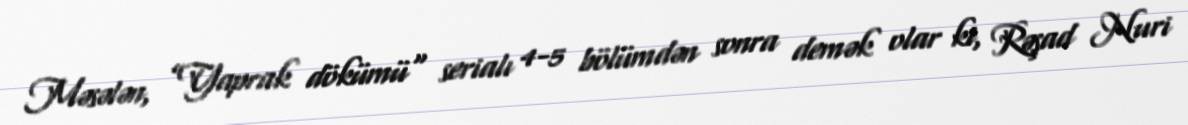
Məsələn, ”Yaprak dökümü" serialı 4-5 bölümdən sonra demək olar ki, Rəşad Nuri